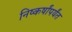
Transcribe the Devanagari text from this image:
निष्कर्षांपर्यंत